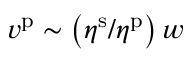
v ^ { \mathrm { p } } \sim \left( \eta ^ { \mathrm { s } } / \eta ^ { \mathrm { p } } \right) w